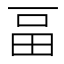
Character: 畐